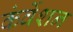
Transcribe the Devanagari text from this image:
कंर्वेशन